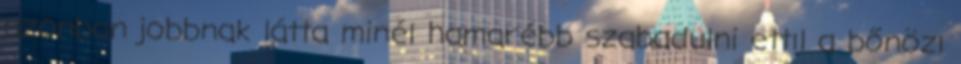
azonban jobbnak látta minél hamarébb szabadulni ettıl a bőnözı